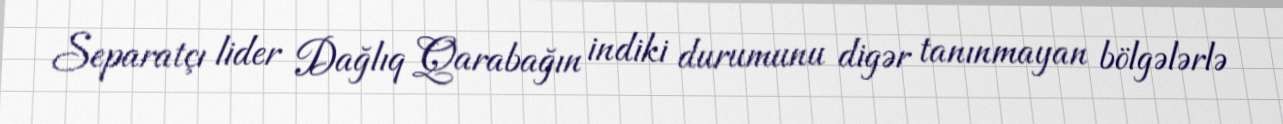
Separatçı lider Dağlıq Qarabağın indiki durumunu digər tanınmayan bölgələrlə